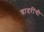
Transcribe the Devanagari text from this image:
चादरींची